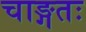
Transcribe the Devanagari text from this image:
चाङ्गतः